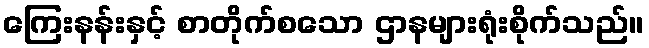
ကြေးနန်းနှင့် စာတိုက်စသော ဌာနများရုံးစိုက်သည်။